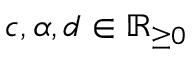
c , \alpha , d \in \mathbb { R } _ { \ge 0 }